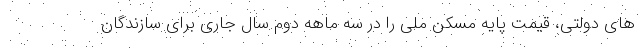
های دولتی، قیمت پایه مسکن ملی را در سه ماهه دوم سال جاری برای سازندگان